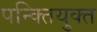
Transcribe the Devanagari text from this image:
पन्क्तियुक्त